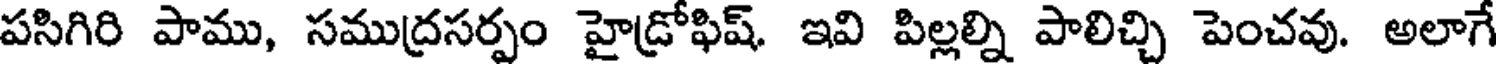
పసిగిరి పాము, సముద్రసర్పం హైడ్రోఫిష్. ఇవి పిల్లల్ని పాలిచ్చి పెంచవు. అలాగే